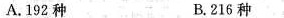
A.192种 B.216种